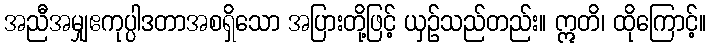
အညီအမျှဧကုပ္ပါဒတာအစရှိသော အပြားတို့ဖြင့် ယှဉ်သည်တည်း။ ဣတိ၊ ထိုကြောင့်။